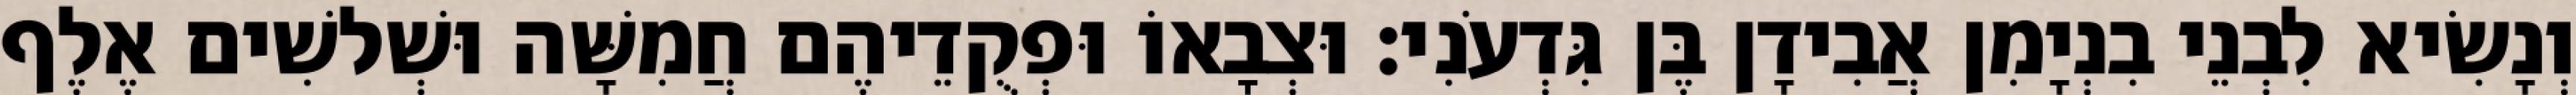
וְנָשִׂיא לִבְנֵי בִנְיָמִן אֲבִידָן בֶּן גִּדְעֹנִי׃ וּצְבָאוֹ וּפְקֻדֵיהֶם חֲמִשָּׁה וּשְׁלשִׁים אֶלֶף